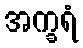
အက္ခရံ